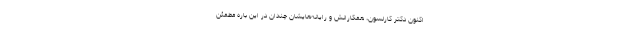
اکنون دکتر کارلسون، همکارانش و رایانه‌هایشان چندان در این باره مطمئن